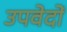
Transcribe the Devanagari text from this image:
उपवेदाें